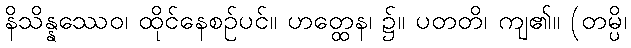
နိသိန္နဿေဝ၊ ထိုင်နေစဉ်ပင်။ ဟတ္ထေန၊ ၌။ ပတတိ၊ ကျ၏။ (တမ္ပိ၊